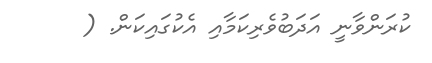
ކުރަންވާނީ އަދަބުވެރިކަމާއި އެކުގައިކަން. (